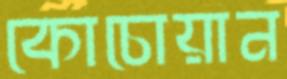
কোচোয়ান